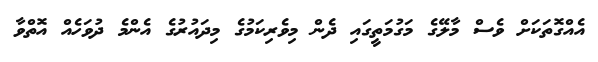
އެއްގޮތަކަށް ވެސް މާލޭގެ މަގުމަތީގައި ދެން މިވެރިކަމުގެ މިދައުރުގެ އެންމެ ދުވަހެއް އޮތްވާ